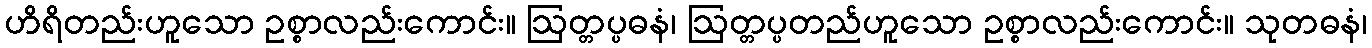
ဟိရိတည်းဟူသော ဥစ္စာလည်းကောင်း။ ဩတ္တပ္ပဓနံ၊ ဩတ္တပ္ပတည်ဟူသော ဥစ္စာလည်းကောင်း။ သုတဓနံ၊